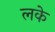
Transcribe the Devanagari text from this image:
लके